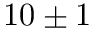
1 0 \pm 1